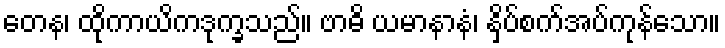
တေန၊ ထိုကာယိကဒုက္ခသည်။ ဗာဓိ ယမာနာနံ၊ နှိပ်စက်အပ်ကုန်သော။